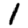
Digit: 1